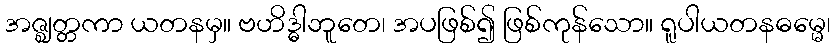
အဇ္ဈတ္တကာ ယတနမှ။ ဗဟိဒ္ဓါဘူတေ၊ အပဖြစ်၍ ဖြစ်ကုန်သော။ ရူပါယတနဓမ္မေ၊